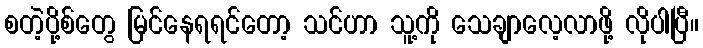
စတဲ့ပို့စ်တွေ မြင်နေရရင်တော့ သင်ဟာ သူ့ကို သေချာလေ့လာဖို့ လိုပါပြီ။